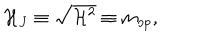
{ \cal H } _ { J } \equiv \sqrt { { \cal H } ^ { 2 } } \equiv m _ { o p } ,